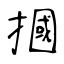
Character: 摑